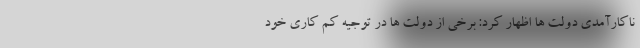
ناکارآمدی دولت ها اظهار کرد: برخی از دولت ها در توجیه کم کاری خود